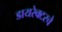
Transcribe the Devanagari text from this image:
डायरेक्टरचे